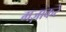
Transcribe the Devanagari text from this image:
मज़ाकरे